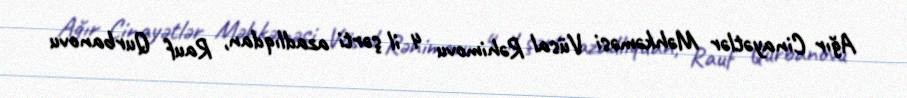
Ağır Cinayətlər Məhkəməsi Vüsal Rəhimovu 4 il şərti azadlıqdan, Rauf Qurbanovu